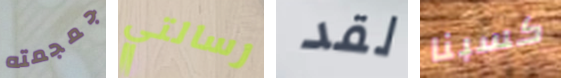
جمجمته رسالتي لقد كسبنا